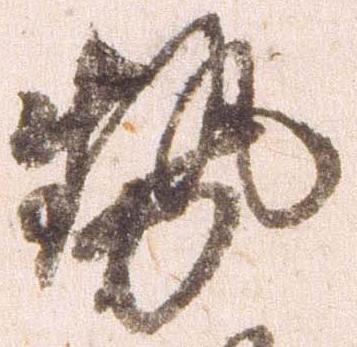
勢